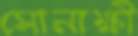
সোনাক্ষী